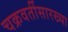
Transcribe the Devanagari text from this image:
चक्रवर्तीसारख्या